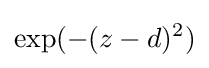
\exp(-(z-d)^{2})